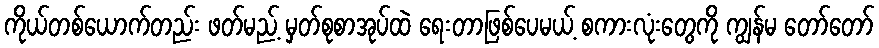
ကိုယ်တစ်ယောက်တည်း ဖတ်မည့် မှတ်စုစာအုပ်ထဲ ရေးတာဖြစ်ပေမယ့် စကားလုံးတွေကို ကျွန်မ တော်တော်